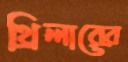
থ্রিলারের